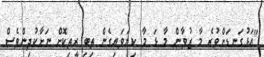
"އަޅުގަނޑަށްވުރެ މާ ޒުވާން މާ ޅަ މާ ކިޔަވައިގެން ތިބި ރީތިކޮށް ނަށާކުދިންވެސް